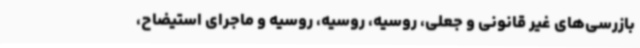
بازرسی‌های غیر قانونی و جعلی، روسیه، روسیه، روسیه و ماجرای استیضاح،